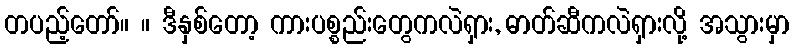
တပည့်တော်။ ။ ဒီနှစ်တော့ ကားပစ္စည်းတွေကလဲရှား, ဓာတ်ဆီကလဲရှားလို့ အသွားမှာ